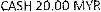
CASH 20.00 MYR